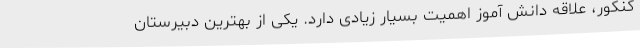
کنکور، علاقه دانش آموز اهمیت بسیار زیادی دارد. یکی از بهترین دبیرستان